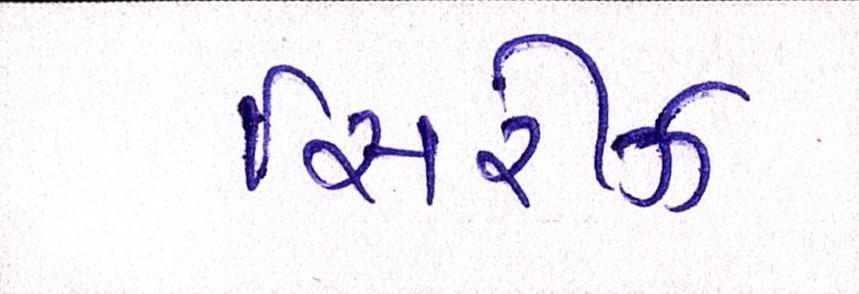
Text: સિરીઝ